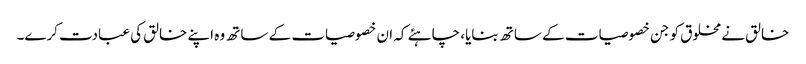
خالق نے مخلوق کو جن خصوصیات کے ساتھ بنایا، چاہئے کہ ان خصوصیات کے ساتھ وہ اپنے خالق کی عبادت کرے۔